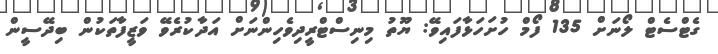
ގެޓްސެޓް ލޯނަށް 135 ފޯމް ހުށަހަޅާފައިވޭ: ޔޫތު މިނިސްޓްރީދިވެހިންނަށް އަދާކުރެވޭ ވަޒީފާތަކުން ބިދޭސީން